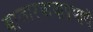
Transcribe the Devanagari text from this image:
बाजारभावाप्रमाणे